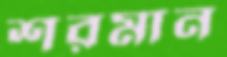
শরমান